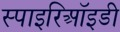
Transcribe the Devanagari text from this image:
स्पाइरिऑइडी